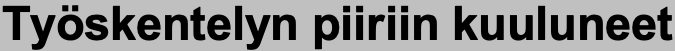
Työskentelyn piiriin kuuluneet